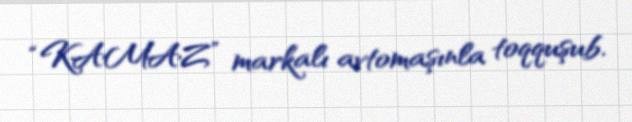
“KAMAZ” markalı avtomaşınla toqquşub.